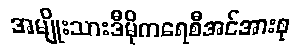
အမျိုးသားဒီမိုကရေစီအင်အားစု